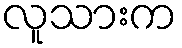
လူသားက